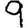
Digit: 9